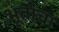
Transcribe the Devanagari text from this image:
भूतांचा